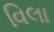
વિલા